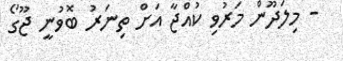
- މިލަދޫން މަރުވި ކުއްޖާ އަށް ތިނަރު ބޮވުނީ ޖޫގޯ